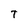
Character: T